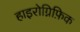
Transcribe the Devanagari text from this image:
हाइरोग्निफ़िक